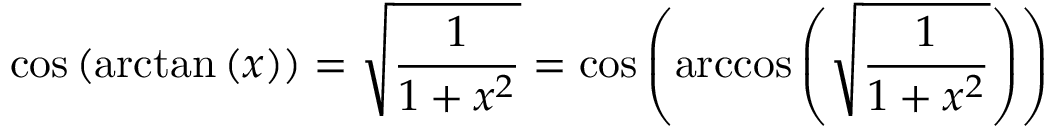
\cos \left( \arctan \left( x \right) \right) = { \sqrt { \frac { 1 } { 1 + x ^ { 2 } } } } = \cos \left( \operatorname { a r c c o s } \left( { \sqrt { \frac { 1 } { 1 + x ^ { 2 } } } } \right) \right)